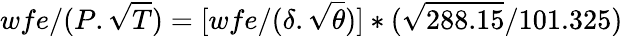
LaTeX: wfe/({P}.{\sqrt{T}})=[wfe/({\delta}.{\sqrt{\theta}})]*({\sqrt{288.15}}/{101.325})